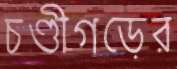
চণ্ডীগড়ের